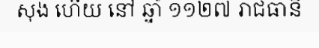
សុង ហើយ នៅ ឆ្នាំ ១១២៧ រាជធានី